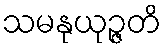
သမနုယုဉ္ဇတိ